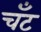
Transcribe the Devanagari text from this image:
चँट